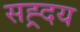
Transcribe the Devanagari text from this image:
सह्र्दय